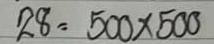
28 = 500x500